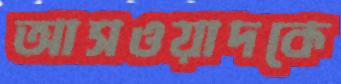
আসওয়াদকে